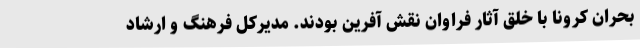
بحران کرونا با خلق آثار فراوان نقش آفرین بودند. مدیرکل فرهنگ و ارشاد